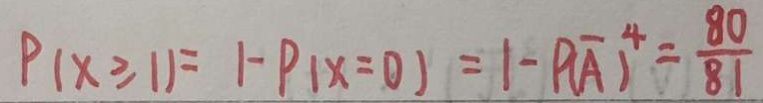
P ( x \geq 1 ) = 1 - P ( x = 0 ) = 1 - P ( \overline { A } ) ^ { 4 } = \frac { 8 0 } { 8 1 }